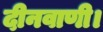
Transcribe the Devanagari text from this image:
दीनवाणी।